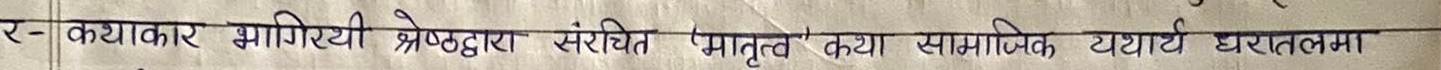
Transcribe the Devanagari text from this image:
र- कथाकार भागीरथी श्रेष्ठद्वारा संरचित ' मातृत्व ' कथा सामाजिक यथार्थ धरातलमा